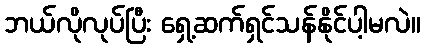
ဘယ်လိုလုပ်ပြီး ရှေ့ဆက်ရှင်သန်နိုင်ပါ့မလဲ။